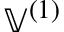
\mathbb { V } ^ { ( 1 ) }